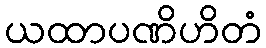
ယထာပဏိဟိတံ